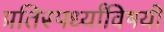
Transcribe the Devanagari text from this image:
प्रतिस्पर्ध्यांविषयी